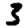
Digit: 3